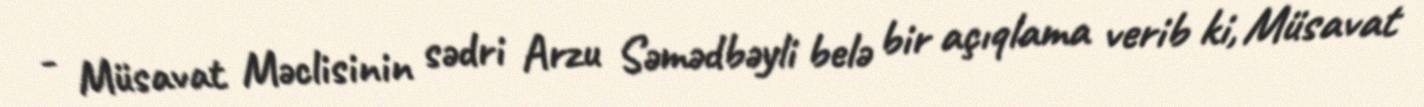
- Müsavat Məclisinin sədri Arzu Səmədbəyli belə bir açıqlama verib ki, Müsavat